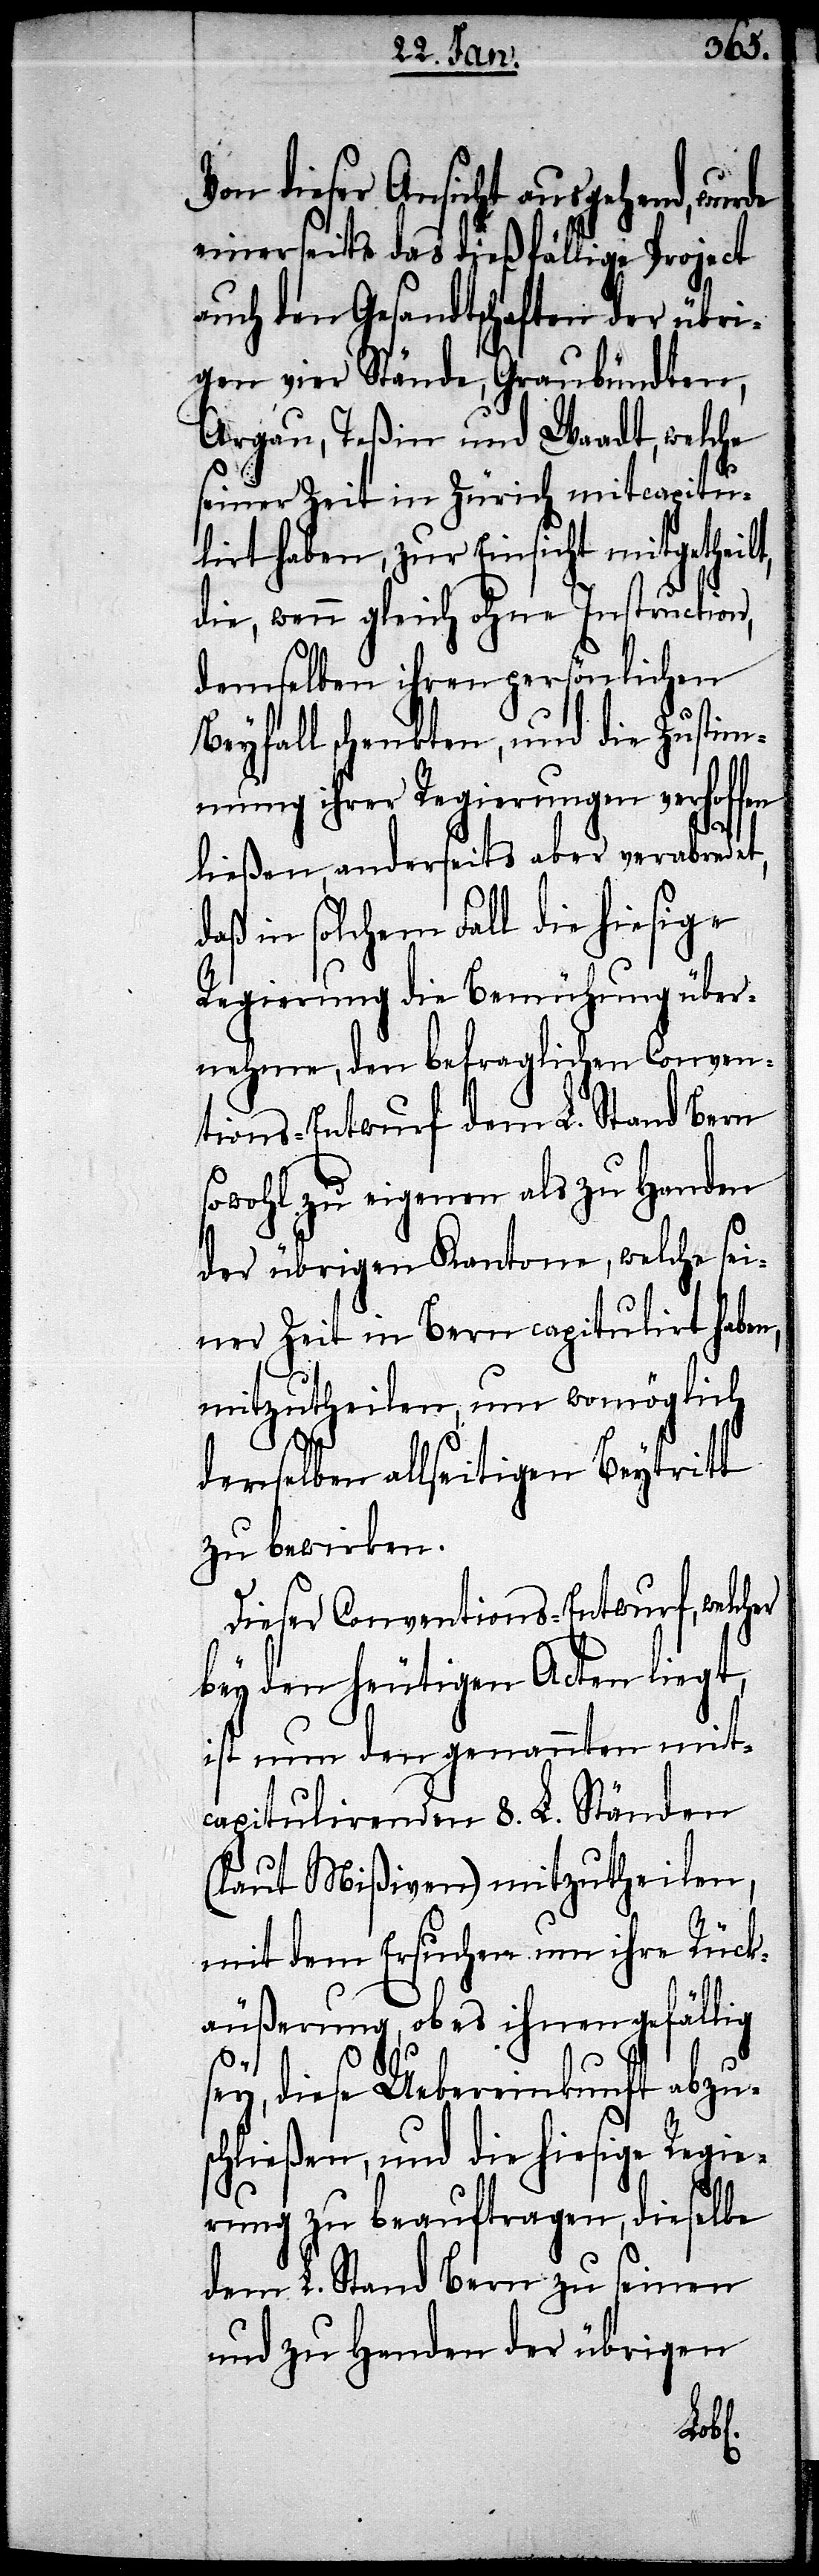
dieser Ansicht ausgehend, wurde
einerseits das dießfällige Project
auch den Gesandtschaften der übri¬
gen vier Stände, Graubündten,
Argau, Teßin und Waadt, welche
seiner Zeit in Zürich mitcapitu¬
lirt haben, zur Einsicht mitgetheilt,
die, wenn gleich ohne Instruction,
demselben ihren persönlichen
Beyfall schenkten, und die Zustim¬
mung ihrer Regierungen verhoffen
ließen, anderseits aber verabredet,
daß in solchem Fall die hiesige
Regierung die Bemühung über¬
nehme, den befraglichen Conven¬
tions-Entwurf dem L. Stand Bern
sowohl zu eigenen als zu Handen
der übrigen Kantone, welche sei¬
ner Zeit in Bern capitulirt haben,
mitzutheilen, um womöglich
derselben allseitigen Beytritt
zu bewirken.
Dieser Conventions-Entwurf, welcher
bey den heutigen Acten liegt,
ist nun den genannten mit¬
capitulirenden 8. L. Ständen
(laut Mißiven) mitzutheilen,
mit dem Ersuchen um ihre Rück¬
äußerung, ob es ihnen gefällig
diese Uebereinkunft abzus¬
chließen, und die hiesige Regie¬
rung zu beauftragen, dieselbe
dem L. Stand Bern zu seinen
und zu Handen der übrigen